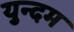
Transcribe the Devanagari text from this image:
युन्दम